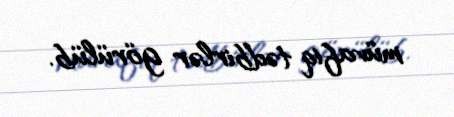
müvafiq tədbirlər görülüb.